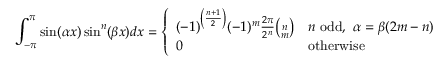
\int _ { - \pi } ^ { \pi } \sin ( \alpha x ) \sin ^ { n } ( \beta x ) d x = { \left\{ \begin{array} { l l } { ( - 1 ) ^ { \left( { \frac { n + 1 } { 2 } } \right) } ( - 1 ) ^ { m } { \frac { 2 \pi } { 2 ^ { n } } } { \binom { n } { m } } } & { n { \mathrm { ~ o d d } } , \ \alpha = \beta ( 2 m - n ) } \\ { 0 } & { { \mathrm { o t h e r w i s e } } } \end{array} \right. }